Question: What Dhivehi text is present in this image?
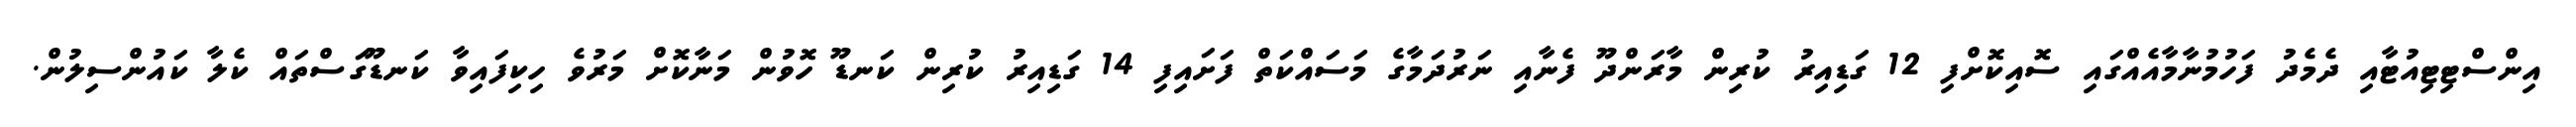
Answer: އިންސްޓިޓިއުޓާއި ދެމެދު ފަހުމުނާމާއެއްގައި ސޮއިކޮށްފި 12 ގަޑިއިރު ކުރިން މާރަންދޫ ފެނާއި ނަރުދަމާގެ މަސައްކަތް ފަށައިފި 14 ގަޑިއިރު ކުރިން ކަނޑޫ ހޮވުން މަނާކޮށް މަރުވެ ހިކިފައިވާ ކަނޑޫގަސްތައް ކެލާ ކައުންސިލުން.